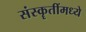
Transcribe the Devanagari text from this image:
संस्कॄतींमध्ये